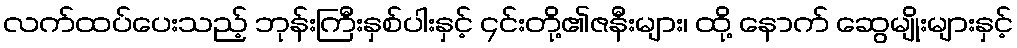
လက်ထပ်ပေးသည့် ဘုန်းကြီးနှစ်ပါးနှင့် ၄င်းတို့၏ဇနီးများ၊ ထို့ နောက် ဆွေမျိုးများနှင့်